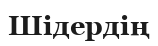
Шідердің